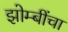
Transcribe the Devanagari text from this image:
झोम्बींचा